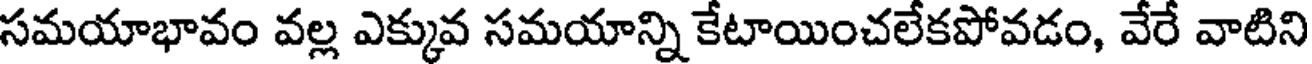
సమయాభావం వల్ల ఎక్కువ సమయాన్ని కేటాయించలేకపోవడం, వేరే వాటిని